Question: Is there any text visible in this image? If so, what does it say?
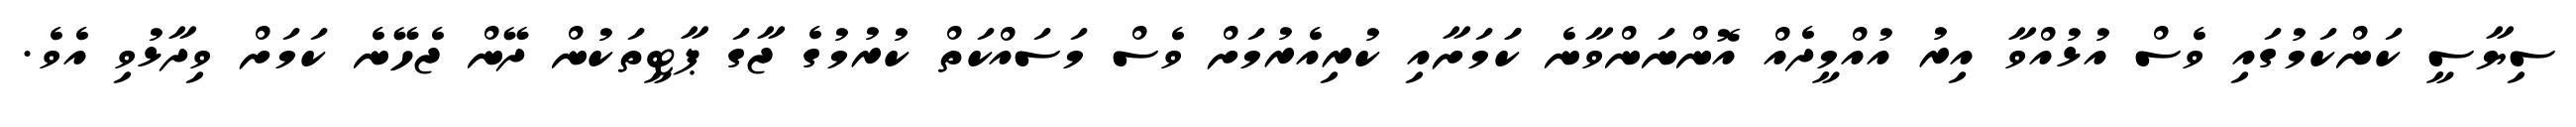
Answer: ސިޔާސީ ކަންކަމުގައި ވެސް އުޅުއްވާ އިރު އުއްމީދެއް އޮންނަންވާނެ ކަަމަށާއި ކުރިއެރުމަށް ވެސް މަސައްކަތް ކުރުމުގެ ޖާގަ ޕާޓީތަކުން ދޭން ޖެހޭނެ ކަމަށް ވިދާޅުވި އެވެ.